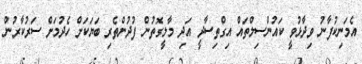
އެމަނިކުފާނު ވިދާޅުވީ ކައުންސިލްތައް އިގްތިސާދީ އަދި މާލީގޮތުން ފުދުންތެރި ބަޔަކަށް ހެދުމަށް ސަރުކާރުން